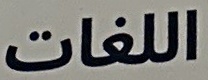
اللغات